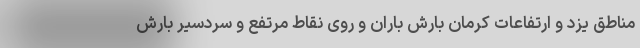
مناطق یزد و ارتفاعات کرمان بارش باران و روی نقاط مرتفع و سردسیر بارش